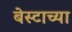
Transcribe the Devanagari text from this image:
बेस्टाच्या